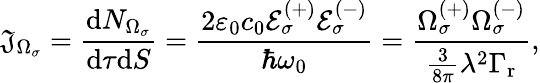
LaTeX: \mathfrak{J}_{\Omega_{\sigma}}=\frac{{\mathrm{{d}}N_{\Omega_{\sigma}}}}{{\mathrm{{d}}\tau\mathrm{{d}}S}}=\frac{{2\varepsilon_{0}c_{0}\mathcal{{E}}_{\sigma}^{(+)}\mathcal{{E}}_{\sigma}^{(-)}}}{{\hbar\omega_{0}}}=\frac{{\Omega_{\sigma}^{(+)}\Omega_{\sigma}^{(-)}}}{{\frac{{3}}{{8\pi}}\lambda^{2}\Gamma_{\mathrm{{r}}}}},